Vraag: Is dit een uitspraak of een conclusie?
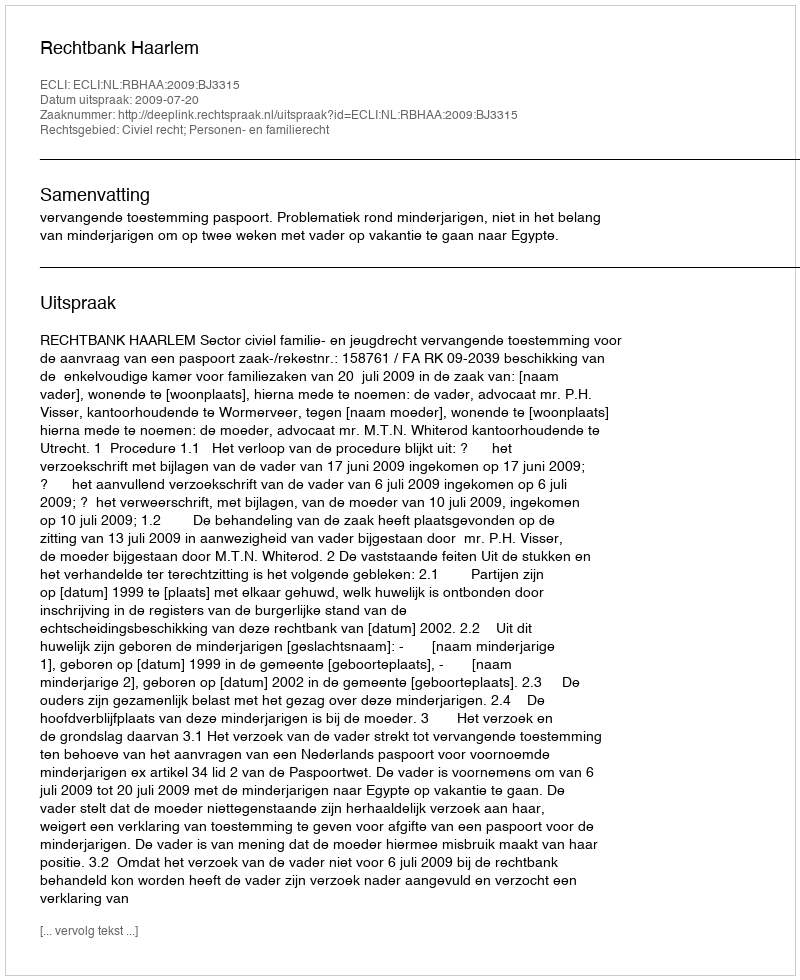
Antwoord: Uitspraak